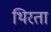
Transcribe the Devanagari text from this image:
थिरता